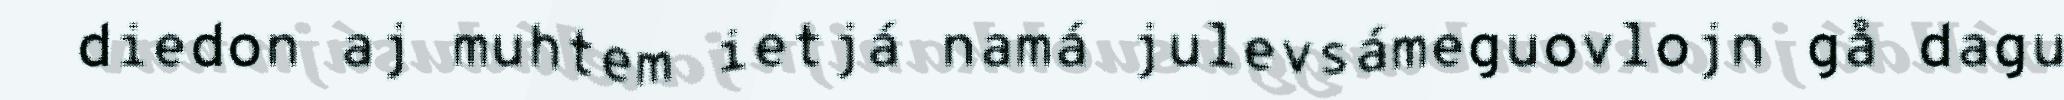
diedon aj muhtem ietjá namá julevsámeguovlojn gå dagu